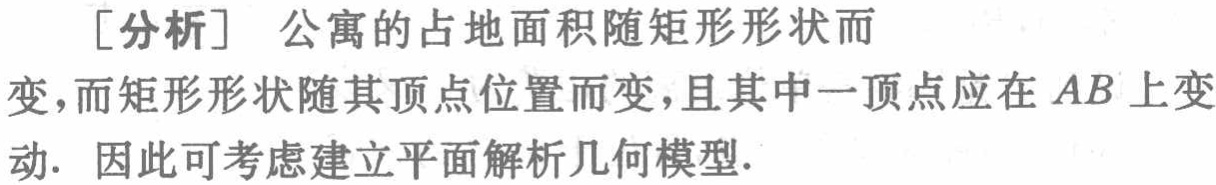
[分析] 公寓的占地面积随矩形形状而

变,而矩形形状随其顶点位置而变,且其中一顶点应在 \(AB\) 上变

动. 因此可考虑建立平面解析几何模型.